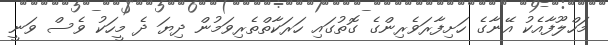
މަހްލޫފާއެކު އޭނާގެ ހަށިފާރަވެރިންގެ ގޮތުގައި ހަރަކާތްތެރިވަމުން ދިޔަ ދެ މީހަކު ވެސް ވަނީ